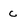
Character: c